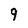
Character: 9